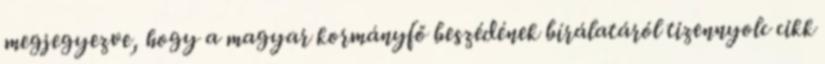
megjegyezve, hogy a magyar kormányfő beszédének bírálatáról tizennyolc cikk